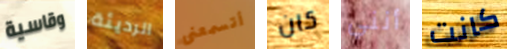
وقاسية الرديئة أتسمعنى كان أنني كانت